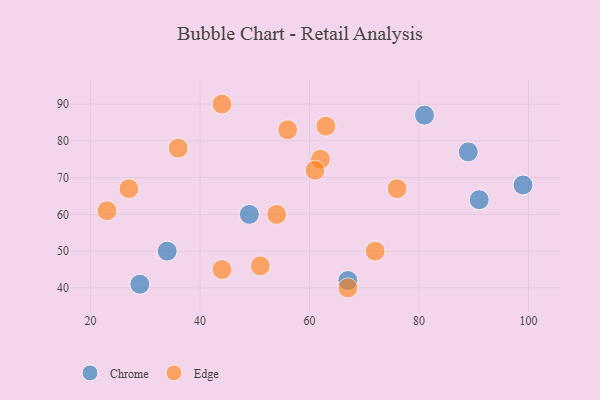
{"axis": {"x": "GDP", "y": "Life Expectancy"}, "legend": ["Chrome", "Edge"], "data": [{"x": "49", "y": 60, "type": "Chrome"}, {"x": "67", "y": 42, "type": "Chrome"}, {"x": "29", "y": 41, "type": "Chrome"}, {"x": "99", "y": 68, "type": "Chrome"}, {"x": "34", "y": 50, "type": "Chrome"}, {"x": "91", "y": 64, "type": "Chrome"}, {"x": "89", "y": 77, "type": "Chrome"}, {"x": "81", "y": 87, "type": "Chrome"}, {"x": "62", "y": 75, "type": "Edge"}, {"x": "27", "y": 67, "type": "Edge"}, {"x": "67", "y": 40, "type": "Edge"}, {"x": "56", "y": 83, "type": "Edge"}, {"x": "61", "y": 72, "type": "Edge"}, {"x": "23", "y": 61, "type": "Edge"}, {"x": "76", "y": 67, "type": "Edge"}, {"x": "51", "y": 46, "type": "Edge"}, {"x": "54", "y": 60, "type": "Edge"}, {"x": "44", "y": 90, "type": "Edge"}, {"x": "63", "y": 84, "type": "Edge"}, {"x": "72", "y": 50, "type": "Edge"}, {"x": "44", "y": 45, "type": "Edge"}, {"x": "36", "y": 78, "type": "Edge"}]}